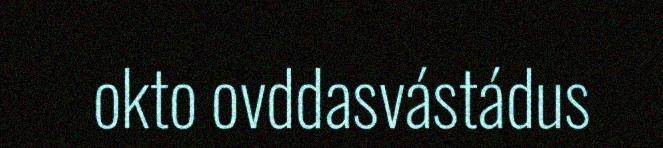
okto ovddasvástádus